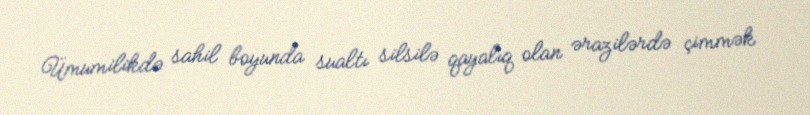
Ümumilikdə sahil boyunda sualtı silsilə qayalıq olan ərazilərdə çimmək